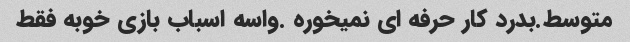
متوسط.بدرد کار حرفه ای نمیخوره .واسه اسباب بازی خوبه فقط